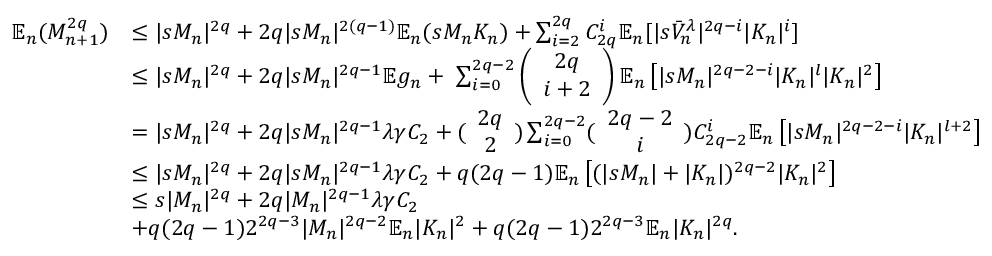
\begin{array} { r l } { \mathbb { E } _ { n } ( M _ { n + 1 } ^ { 2 q } ) } & { \leq | s M _ { n } | ^ { 2 q } + 2 q | s M _ { n } | ^ { 2 ( q - 1 ) } \mathbb { E } _ { n } ( s M _ { n } K _ { n } ) + \sum _ { i = 2 } ^ { 2 q } C _ { 2 q } ^ { i } \mathbb { E } _ { n } [ | s \bar { V } _ { n } ^ { \lambda } | ^ { 2 q - i } | K _ { n } | ^ { i } ] } \\ & { \leq | s M _ { n } | ^ { 2 q } + 2 q | s M _ { n } | ^ { 2 q - 1 } \mathbb { E } g _ { n } + \ \sum _ { i = 0 } ^ { 2 q - 2 } \left( \begin{array} { c } { 2 q } \\ { i + 2 } \end{array} \right) \mathbb { E } _ { n } \left[ | s M _ { n } | ^ { 2 q - 2 - i } | K _ { n } | ^ { l } | K _ { n } | ^ { 2 } \right] } \\ & { = | s M _ { n } | ^ { 2 q } + 2 q | s M _ { n } | ^ { 2 q - 1 } \lambda \gamma C _ { 2 } + ( \begin{array} { c } { 2 q } \\ { 2 } \end{array} ) \sum _ { i = 0 } ^ { 2 q - 2 } ( \begin{array} { c } { 2 q - 2 } \\ { i } \end{array} ) C _ { 2 q - 2 } ^ { i } \mathbb { E } _ { n } \left[ | s M _ { n } | ^ { 2 q - 2 - i } | K _ { n } | ^ { l + 2 } \right] } \\ & { \leq | s M _ { n } | ^ { 2 q } + 2 q | s M _ { n } | ^ { 2 q - 1 } \lambda \gamma C _ { 2 } + q ( 2 q - 1 ) \mathbb { E } _ { n } \left[ ( | s M _ { n } | + | K _ { n } | ) ^ { 2 q - 2 } | K _ { n } | ^ { 2 } \right] } \\ & { \leq s | M _ { n } | ^ { 2 q } + 2 q | M _ { n } | ^ { 2 q - 1 } \lambda \gamma C _ { 2 } } \\ & { + q ( 2 q - 1 ) 2 ^ { 2 q - 3 } | M _ { n } | ^ { 2 q - 2 } \mathbb { E } _ { n } | K _ { n } | ^ { 2 } + q ( 2 q - 1 ) 2 ^ { 2 q - 3 } \mathbb { E } _ { n } | K _ { n } | ^ { 2 q } . } \end{array}